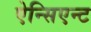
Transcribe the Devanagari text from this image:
ऐन्सिएन्ट